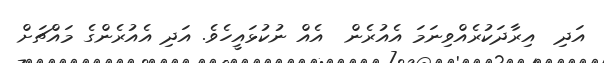
އަދި  އިރާދަކުރެއްވިނަމަ އެއުރެން  އެއް ނުކުޅައީހެވެ. އަދި އެއުރެންގެ މައްޗަށް